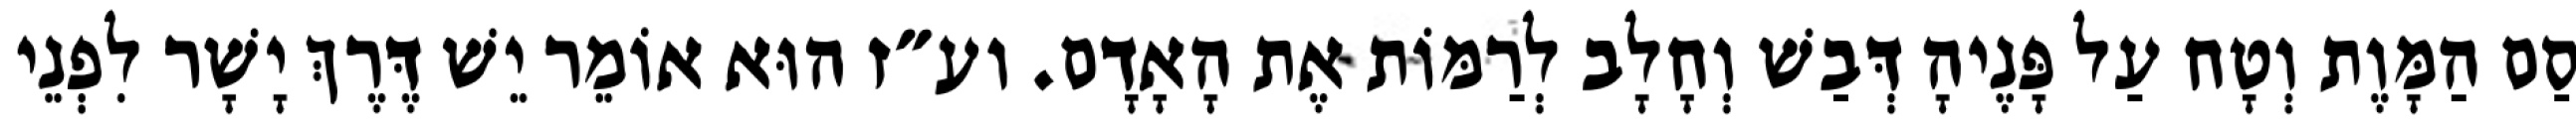
סַם הַמָּוֶת וְטָח עַל פָּנֶיהָ דְּבַשׁ וְחָלָב לְרַמּוֹת אֶת הָאָדָם. וע״ז הוּא אוֹמֵר יֵשׁ דֶּרֶךְ יָשָׁר לִפְנֵי